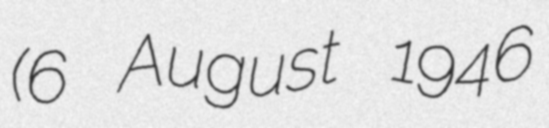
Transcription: (6 August 1946